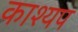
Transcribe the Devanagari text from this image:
काश्‍यप